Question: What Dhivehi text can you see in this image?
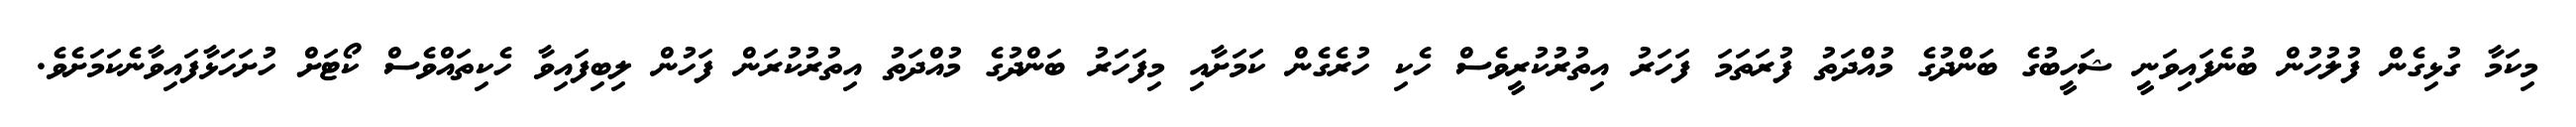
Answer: މިކަމާ ގުޅިގެން ފުލުހުން ބުނެފައިވަނީ ޝަހީބުގެ ބަންދުގެ މުއްދަތު ފުރަތަމަ ފަހަރު އިތުރުކުރީވެސް ހެކި ހުރެގެން ކަމަށާއި މިފަހަރު ބަންދުގެ މުއްދަތު އިތުރުކުރަން ފަހުން ލިބިފައިވާ ހެކިތައްވެސް ކޯޓަށް ހުށަހަޅާފައިވާނެކަމަށެވެ.